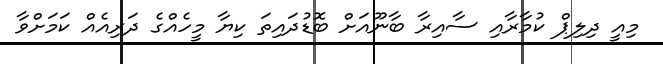
މިއީ ދިލިޕް ކުމާރާއި ސާއިރާ ބާނޫއަށް ބޮޑުދައިތަ ކިޔާ މީހެެއްގެ ދަރިއެއް ކަމަށްވާ